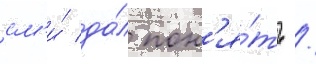
см'и́ да́л пон'я́ть /